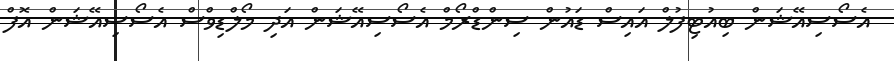
އެސޯސިއޭޝަން ބިއުޓިފުލް އައިސް ޑައުން ސިންޑްރޯމް އެސޯސިއޭޝަން އަދި މޯލްޑިވްސް އެސޯސިއޭޝަން އޮފް